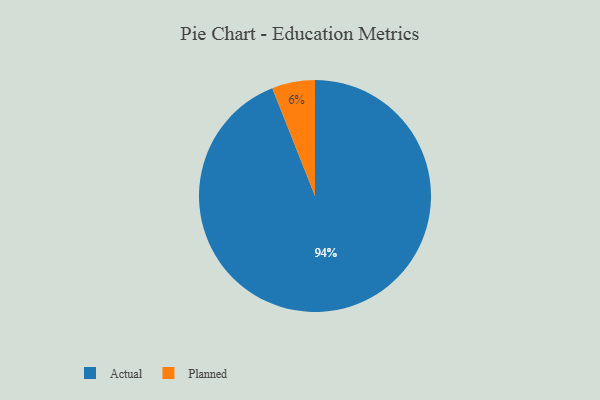
{"axis": {"x": "Category", "y": "Percentage"}, "legend": ["Actual", "Planned"], "data": [{"x": "Actual", "y": 94, "type": "Actual"}, {"x": "Planned", "y": 6, "type": "Planned"}]}